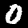
Label: 0